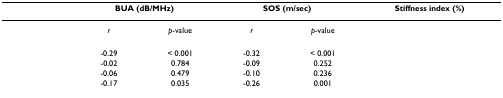
<table><thead><tr><td>[EMPTY_CELL]</td><td colspan="2"><b>BUA (dB/MHz)</b></td><td colspan="2"><b>SOS (m/sec)</b></td><td colspan="2"><b>Stiffness index (%)</b></td></tr></thead><tbody><tr><td>[EMPTY_CELL]</td><td><i>r</i></td><td><i>p</i>-value</td><td><i>r</i></td><td><i>p</i>-value</td><td>[EMPTY_CELL]</td><td>[EMPTY_CELL]</td></tr><tr><td>[EMPTY_CELL]</td><td>-0.29</td><td>&lt; 0.001</td><td>-0.32</td><td>&lt; 0.001</td><td>[EMPTY_CELL]</td><td>[EMPTY_CELL]</td></tr><tr><td>[EMPTY_CELL]</td><td>-0.02</td><td>0.784</td><td>-0.09</td><td>0.252</td><td>[EMPTY_CELL]</td><td>[EMPTY_CELL]</td></tr><tr><td>[EMPTY_CELL]</td><td>-0.06</td><td>0.479</td><td>-0.10</td><td>0.236</td><td>[EMPTY_CELL]</td><td>[EMPTY_CELL]</td></tr><tr><td>[EMPTY_CELL]</td><td>-0.17</td><td>0.035</td><td>-0.26</td><td>0.001</td><td>[EMPTY_CELL]</td><td>[EMPTY_CELL]</td></tr></tbody></table>